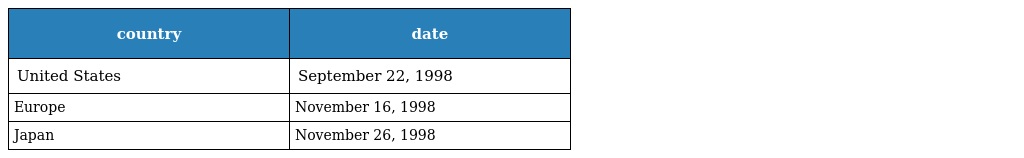
| country | date |
 | --- | --- |
 | United States | September 22, 1998 |
 | Europe | November 16, 1998 |
 | Japan | November 26, 1998 |